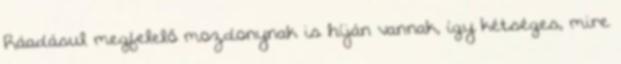
Ráadásul megfelelő mozdonynak is híján vannak, így kétséges, mire